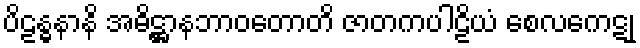
ပိဠန္ဓနာနိ အဓိဋ္ဌာနဘာဝတောတိ ဇာတကပါဠိယံ စေလကေဋု